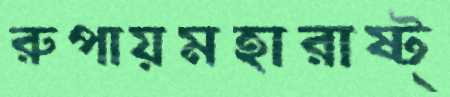
রুপায়মহারাষ্ট্